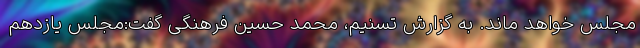
مجلس خواهد ماند.‌ به گزارش تسنیم، محمد حسین فرهنگی گفت:مجلس یازدهم